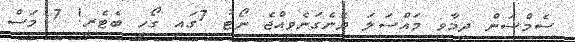
ސެމްސަން ދިމާވި މައްސަލަ ދެނެގަނެވިއްޖެ ނޯޓު 7ގައި ގޯހީ ބެޓެރީ! 7 މަސް